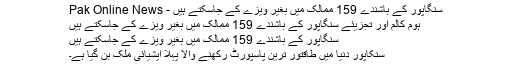
سنگاپور کے باشندے 159 ممالک میں بغیر ویزے کے جاسکتے ہیں - Pak Online News
ہوم کالم اور تجزیئے سنگاپور کے باشندے 159 ممالک میں بغیر ویزے کے جاسکتے ہیں
سنگاپور کے باشندے 159 ممالک میں بغیر ویزے کے جاسکتے ہیں
سنکاپور دنیا میں طاقتور ترین پاسپورٹ رکھنے والا پہلا ایشیائی ملک بن گیا ہے۔